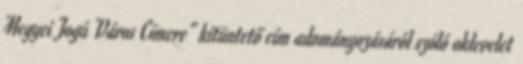
Megyei Jogú Város Címere” kitüntető cím adományozásáról szóló oklevelet